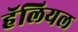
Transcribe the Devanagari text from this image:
हॅलियल